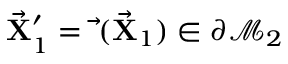
\vec { \bf X } _ { 1 } ^ { \prime } = \vec { \bf \Phi } ( \vec { \bf X } _ { 1 } ) \in \partial \mathcal { M } _ { 2 }